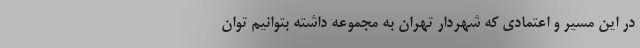
در این مسیر و اعتمادی که شهردار تهران به مجموعه داشته بتوانیم توان